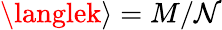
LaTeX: \langlek\rangle=M/\mathcal{N}